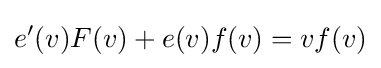
{e}'(v)F(v)+e(v)f(v)=vf(v)